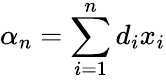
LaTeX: \alpha_{n}=\sum_{i=1}^{n}d_{i}x_{i}